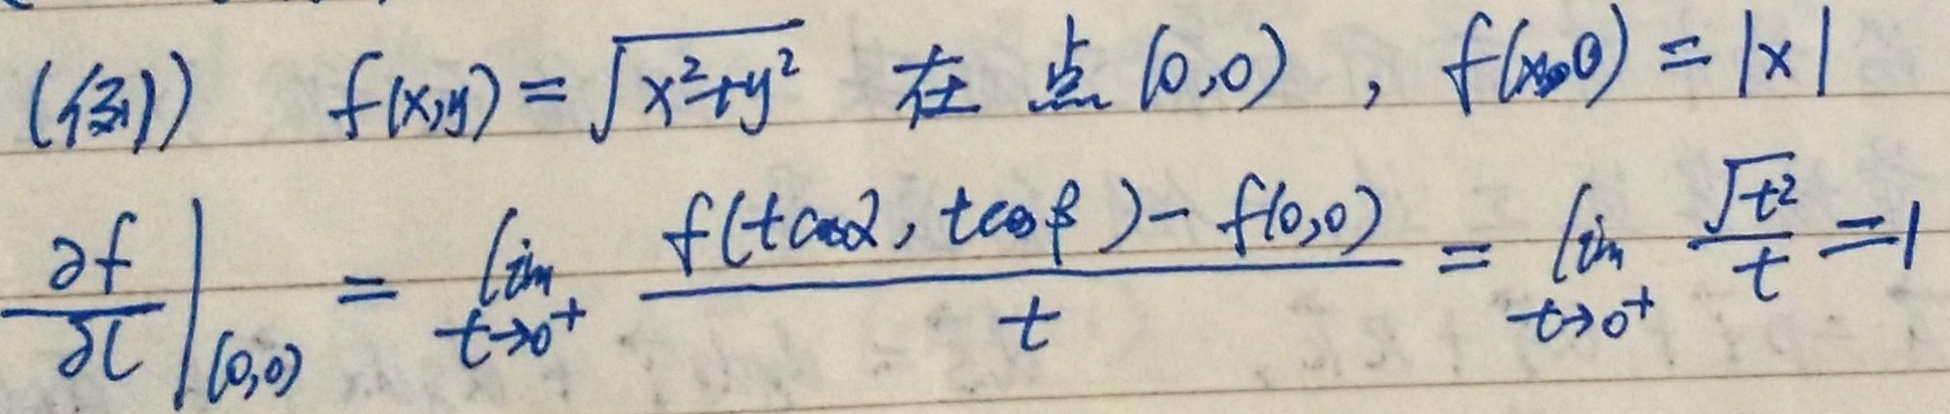
(例) \(f(x,y)=\sqrt{x^{2}+y^{2}}\) 在点 \((0,0)\)，\(f(x,0)=|x|\)。

\(\left.\frac{\partial f}{\partial l}\right|_{(0,0)}=\lim_{t \to 0^{+}}\frac{f(t\cos\alpha,t\cos\beta)-f(0,0)}{t}=\lim_{t \to 0^{+}}\frac{\sqrt{t^{2}}}{t}=1\)